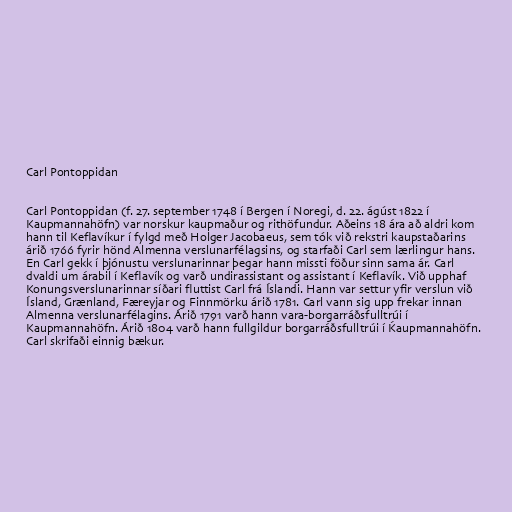
Carl Pontoppidan

Carl Pontoppidan (f. 27. september 1748 í Bergen í Noregi, d. 22. ágúst 1822 í
Kaupmannahöfn) var norskur kaupmaður og rithöfundur. Aðeins 18 ára að aldri kom
hann til Keflavíkur í fylgd með Holger Jacobaeus, sem tók við rekstri kaupstaðarins
árið 1766 fyrir hönd Almenna verslunarfélagsins, og starfaði Carl sem lærlingur hans.
En Carl gekk í þjónustu verslunarinnar þegar hann missti föður sinn sama ár. Carl
dvaldi um árabil í Keflavík og varð undirassistant og assistant í Keflavík. Við upphaf
Konungsverslunarinnar síðari fluttist Carl frá Íslandi. Hann var settur yfir verslun við
Ísland, Grænland, Færeyjar og Finnmörku árið 1781. Carl vann sig upp frekar innan
Almenna verslunarfélagins. Árið 1791 varð hann vara-borgarráðsfulltrúi í
Kaupmannahöfn. Árið 1804 varð hann fullgildur borgarráðsfulltrúi í Ḱaupmannahöfn.
Carl skrifaði einnig bækur.